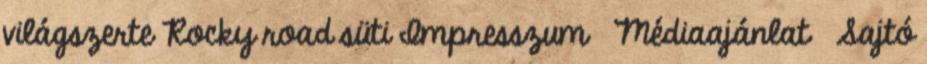
világszerte Rocky road süti Impresszum Médiaajánlat Sajtó